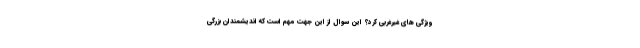
ویژگی های غیرغربی کرد؟ این سوال از این جهت مهم است که اندیشمندان بزرگی